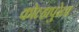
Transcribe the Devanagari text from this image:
कोल्हापुरेला